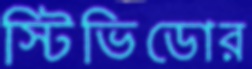
স্টিভিডোর